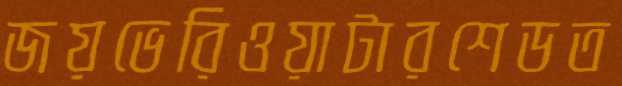
জয়ভেরিওয়াটারশেডত